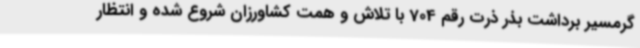
گرمسیر برداشت بذر ذرت رقم 704 با تلاش و همت کشاورزان شروع شده و انتظار